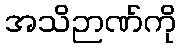
အသိဉာဏ်ကို